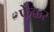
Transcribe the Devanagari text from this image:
फेक्कर